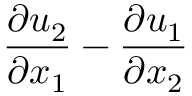
\frac { \partial u _ { 2 } } { \partial x _ { 1 } } - \frac { \partial u _ { 1 } } { \partial x _ { 2 } }